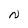
Character: N